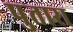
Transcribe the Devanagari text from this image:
पुत्तारा